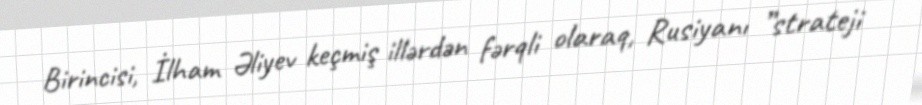
Birincisi, İlham Əliyev keçmiş illərdən fərqli olaraq, Rusiyanı ”strateji